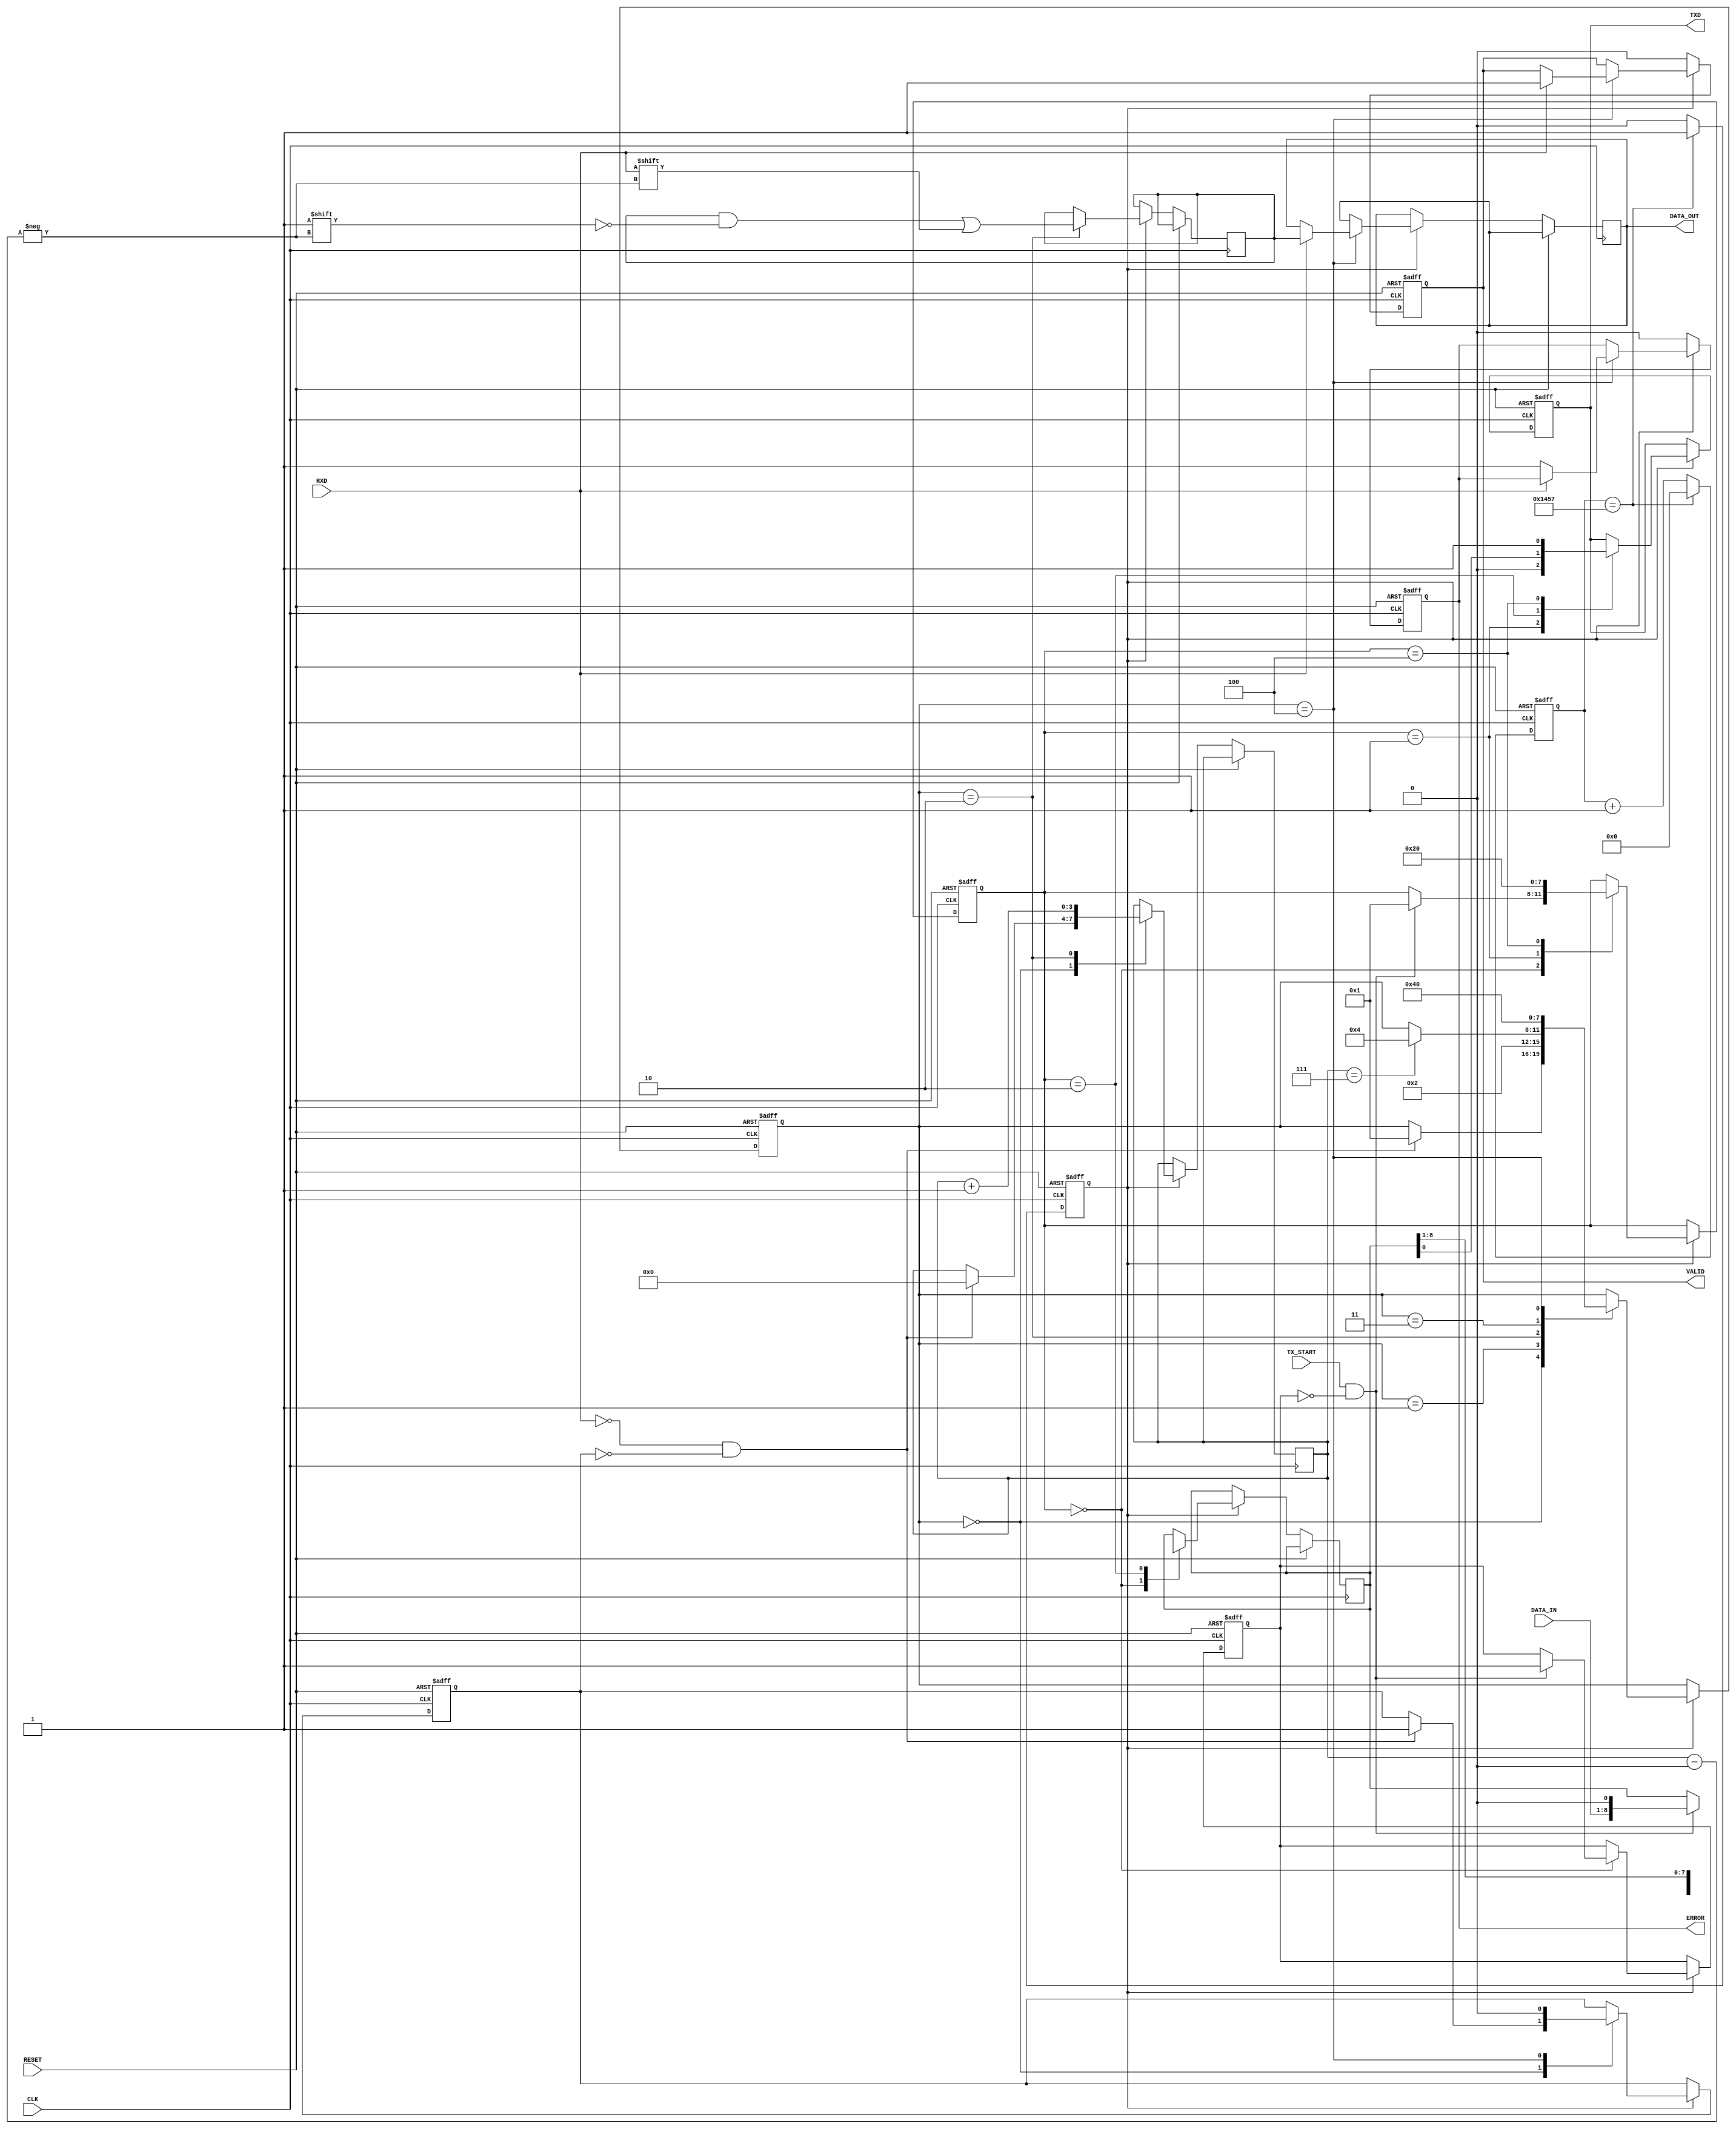
module parameterized_uart #(
    parameter BAUD_RATE = 9600,
    parameter DATA_BITS = 8,
    parameter STOP_BITS = 1,
    parameter PARITY = "NONE", // Options: "NONE", "EVEN", "ODD"
    parameter CLOCK_FREQ = 50000000 // System clock frequency
)(
    input wire CLK,
    input wire RESET,
    input wire [DATA_BITS-1:0] DATA_IN,
    input wire TX_START,
    output reg TXD,
    input wire RXD,
    output reg [DATA_BITS-1:0] DATA_OUT,
    output reg VALID,
    output reg ERROR
);

    // Baud rate generation
    localparam BAUD_RATE_DIV = CLOCK_FREQ / BAUD_RATE;
    reg [15:0] baud_counter;
    reg baud_tick;

    always @(posedge CLK or posedge RESET) begin
        if (RESET) begin
            baud_counter <= 0;
            baud_tick <= 0;
        end else begin
            if (baud_counter == BAUD_RATE_DIV - 1) begin
                baud_counter <= 0;
                baud_tick <= 1;
            end else begin
                baud_counter <= baud_counter + 1;
                baud_tick <= 0;
            end
        end
    end

    // Transmitter
    reg [3:0] tx_state;
    reg [DATA_BITS + 1 + (PARITY != "NONE") - 1:0] tx_shift_reg;
    reg tx_busy;

    localparam TX_IDLE = 0, TX_START_BIT = 1, TX_DATA_BITS = 2, TX_PARITY_BIT = 3, TX_STOP_BITS = 4;

    always @(posedge CLK or posedge RESET) begin
        if (RESET) begin
            TXD <= 1; // Idle state
            tx_state <= TX_IDLE;
            tx_busy <= 0;
        end else if (baud_tick) begin
            case (tx_state)
                TX_IDLE: begin
                    if (TX_START && !tx_busy) begin
                        tx_shift_reg <= {1'b1, DATA_IN, 1'b0}; // Start bit + data
                        if (PARITY == "EVEN") begin
                            tx_shift_reg[DATA_BITS + 1] <= ~^DATA_IN; // Even parity
                        end else if (PARITY == "ODD") begin
                            tx_shift_reg[DATA_BITS + 1] <= ^DATA_IN; // Odd parity
                        end
                        tx_state <= TX_START_BIT;
                        tx_busy <= 1;
                    end
                end
                TX_START_BIT: begin
                    TXD <= 0; // Start bit
                    tx_state <= TX_DATA_BITS;
                end
                TX_DATA_BITS: begin
                    TXD <= tx_shift_reg[0]; // Send data bit
                    tx_shift_reg <= {1'b0, tx_shift_reg[DATA_BITS + 1:1]}; // Shift
                    if (tx_shift_reg[DATA_BITS + 1] == 1'b0) begin
                        if (STOP_BITS == 1) begin
                            tx_state <= TX_STOP_BITS;
                        end else begin
                            tx_state <= TX_STOP_BITS; // Prepare for stop bit
                        end
                    end
                end
                TX_STOP_BITS: begin
                    TXD <= 1; // Stop bit
                    if (STOP_BITS == 2) begin
                        tx_state <= TX_IDLE; // Prepare for next transmission
                    end else begin
                        tx_state <= TX_IDLE; // Prepare for next transmission
                    end
                end
            endcase
        end
    end

    // Receiver
    reg [3:0] rx_state;
    reg [DATA_BITS + (PARITY != "NONE") - 1:0] rx_shift_reg;
    reg [3:0] bit_count;
    reg rx_busy;

    localparam RX_IDLE = 0, RX_START_BIT = 1, RX_DATA_BITS = 2, RX_PARITY_BIT = 3, RX_STOP_BITS = 4;

    always @(posedge CLK or posedge RESET) begin
        if (RESET) begin
            rx_state <= RX_IDLE;
            VALID <= 0;
            ERROR <= 0;
            rx_busy <= 0;
        end else if (baud_tick) begin
            case (rx_state)
                RX_IDLE: begin
                    if (RXD == 0 && !rx_busy) begin // Start bit detected
                        rx_state <= RX_START_BIT;
                        rx_busy <= 1;
                        bit_count <= 0;
                    end
                end
                RX_START_BIT: begin
                    rx_state <= RX_DATA_BITS; // Move to data bits
                end
                RX_DATA_BITS: begin
                    rx_shift_reg[bit_count] <= RXD; // Capture data bit
                    bit_count <= bit_count + 1;
                    if (bit_count == DATA_BITS - 1) begin
                        if (PARITY != "NONE") begin
                            rx_state <= RX_PARITY_BIT; // Move to parity bit
                        end else begin
                            rx_state <= RX_STOP_BITS; // Move to stop bits
                        end
                    end
                end
                RX_PARITY_BIT: begin
                    // Check parity
                    if (PARITY == "EVEN" && ^rx_shift_reg != RXD) begin
                        ERROR <= 1; // Parity error
                    end else if (PARITY == "ODD" && ~^rx_shift_reg != RXD) begin
                        ERROR <= 1; // Parity error
                    end
                    rx_state <= RX_STOP_BITS; // Move to stop bits
                end
                RX_STOP_BITS: begin
                    if (RXD == 1) begin // Check stop bit
                        DATA_OUT <= rx_shift_reg; // Output data
                        VALID <= 1; // Data is valid
                    end else begin
                        ERROR <= 1; // Framing error
                    end
                    rx_state <= RX_IDLE; // Prepare for next reception
                    rx_busy <= 0;
                end
            endcase
        end else begin
            VALID <= 0; // Reset valid signal
            ERROR <= 0; // Reset error signal
        end
    end

endmodule